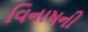
વિનાષની